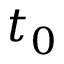
t _ { 0 }